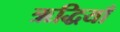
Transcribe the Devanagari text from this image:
ऋद्धियाँ